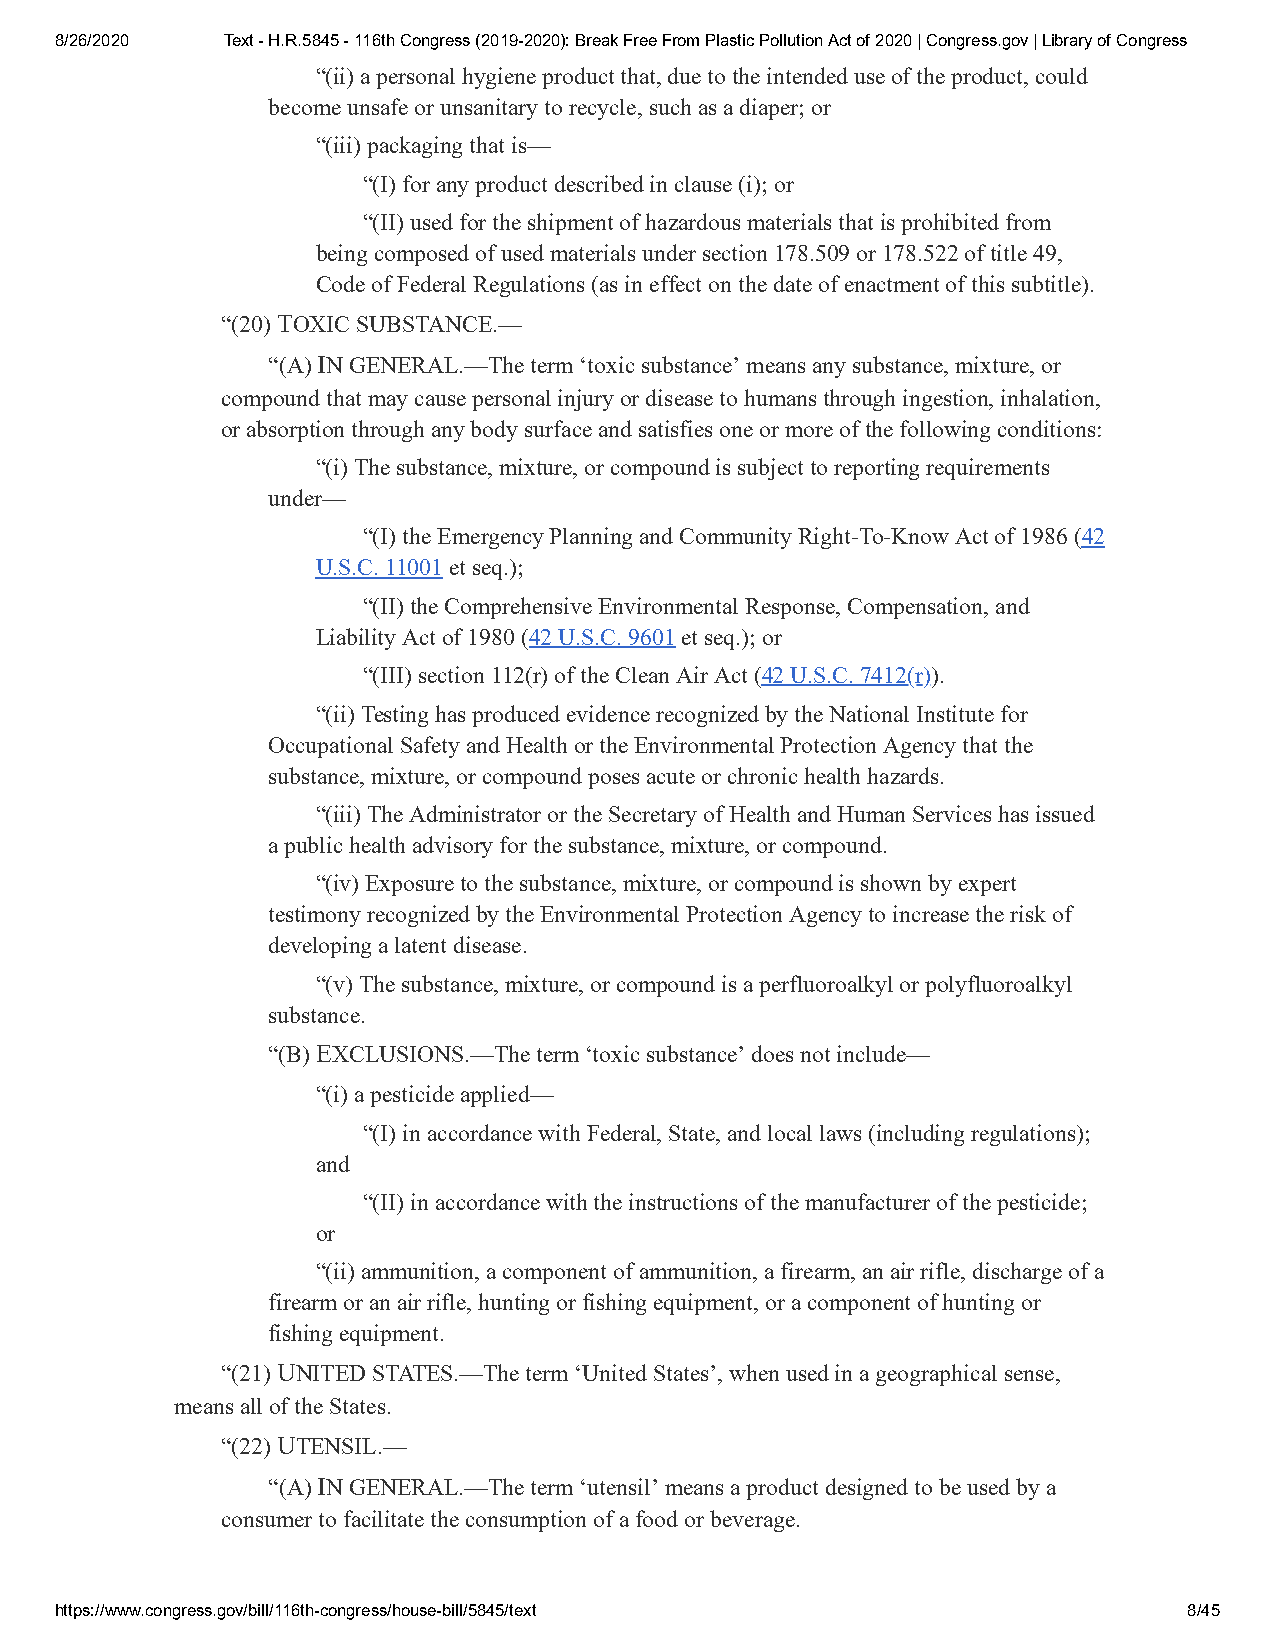
8/26/2020  Text - H.R.5845 - 116th Congress (2019-2020): Break Free From Plastic Pollution Act of 2020 | Congress.gov | Library of Congress
 “(ii) a personal hygiene product that, due to the intended use of the product, could
 become unsafe or unsanitary to recycle, such as a diaper; or
 “(iii) packaging that is—
 “(I) for any product described in clause (i); or
 “(II) used for the shipment of hazardous materials that is prohibited from
 being composed of used materials under section 178.509 or 178.522 of title 49,
 Code of Federal Regulations (as in effect on the date of enactment of this subtitle).
 “(20) TOXIC SUBSTANCE.—
 “(A) IN GENERAL.—The term ‘toxic substance’ means any substance, mixture, or
 compound that may cause personal injury or disease to humans through ingestion, inhalation,
 or absorption through any body surface and satisfies one or more of the following conditions:
 “(i) The substance, mixture, or compound is subject to reporting requirements
 under—
 “(I) the Emergency Planning and Community Right-To-Know Act of 1986 (42
 U.S.C. 11001 et seq.);
 “(II) the Comprehensive Environmental Response, Compensation, and
 Liability Act of 1980 (42 U.S.C. 9601 et seq.); or
 “(III) section 112(r) of the Clean Air Act (42 U.S.C. 7412(r)).
 “(ii) Testing has produced evidence recognized by the National Institute for
 Occupational Safety and Health or the Environmental Protection Agency that the
 substance, mixture, or compound poses acute or chronic health hazards.
 “(iii) The Administrator or the Secretary of Health and Human Services has issued
 a public health advisory for the substance, mixture, or compound.
 “(iv) Exposure to the substance, mixture, or compound is shown by expert
 testimony recognized by the Environmental Protection Agency to increase the risk of
 developing a latent disease.
 “(v) The substance, mixture, or compound is a perfluoroalkyl or polyfluoroalkyl
 substance.
 “(B) EXCLUSIONS.—The term ‘toxic substance’ does not include—
 “(i) a pesticide applied—
 “(I) in accordance with Federal, State, and local laws (including regulations);
 and
 “(II) in accordance with the instructions of the manufacturer of the pesticide;
 or
 “(ii) ammunition, a component of ammunition, a firearm, an air rifle, discharge of a
 firearm or an air rifle, hunting or fishing equipment, or a component of hunting or
 fishing equipment.
 “(21) UNITED STATES.—The term ‘United States’, when used in a geographical sense,
 means all of the States.
 “(22) UTENSIL.—
 “(A) IN GENERAL.—The term ‘utensil’ means a product designed to be used by a
 consumer to facilitate the consumption of a food or beverage.
 https://www.congress.gov/bill/116th-congress/house-bill/5845/text          8/45